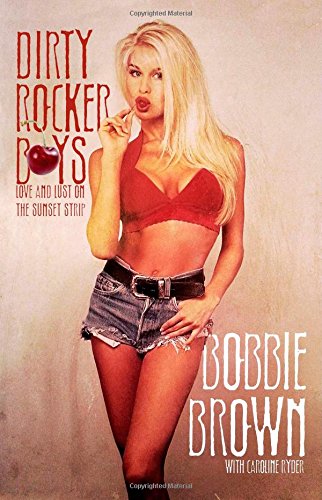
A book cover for Dirty Rocker Boys; Bobbie Brown; Biographies & Memoirs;